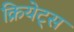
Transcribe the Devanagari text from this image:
क्रियेट्स